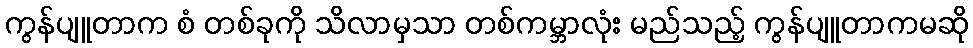
ကွန်ပျူတာက စံ တစ်ခုကို သိလာမှသာ တစ်ကမ္ဘာလုံး မည်သည့် ကွန်ပျူတာကမဆို